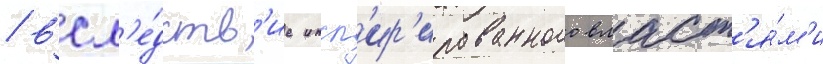
/ всл'е́дств'ие инсп'ир'ированного власт'я́м'и